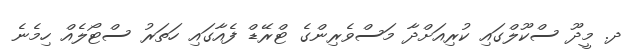
ދ. މީދޫ ސްކޫލްގައި ކުރިއަށްދާ މަސްވެރިންގެ ޓްރޭޑް ފެއާގައި ހަތަރު ސްޓޯލެއް ހިމެނެ